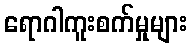
ရောဂါကူးစက်မှုများ